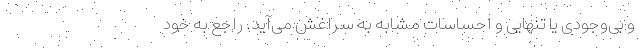
و بی‌وجودی یا تنهایی و احساسات مشابه به سراغش می‌آید. راجع به خود